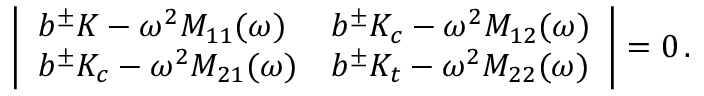
\left| \begin{array} { l l } { b ^ { \pm } K - \omega ^ { 2 } M _ { 1 1 } ( \omega ) } & { b ^ { \pm } K _ { c } - \omega ^ { 2 } M _ { 1 2 } ( \omega ) } \\ { b ^ { \pm } K _ { c } - \omega ^ { 2 } M _ { 2 1 } ( \omega ) } & { b ^ { \pm } K _ { t } - \omega ^ { 2 } M _ { 2 2 } ( \omega ) } \end{array} \right| = 0 \, .